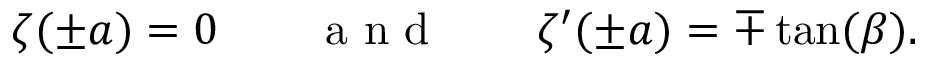
\zeta ( \pm a ) = 0 \qquad \mathrm { ~ a ~ n ~ d ~ } \qquad \zeta ^ { \prime } ( \pm a ) = \mp \tan ( \beta ) .